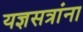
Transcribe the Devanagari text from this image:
यज्ञसत्रांना